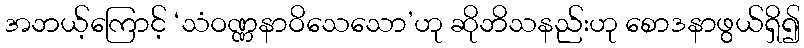
အဘယ့်ကြောင့် ‘သံဝဏ္ဏနာဝိသေသော’ဟု ဆိုဘိသနည်းဟု စောဒနာဖွယ်ရှိ၍